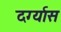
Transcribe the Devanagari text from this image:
दर्ग्यास